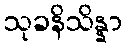
သုခနိသိန္နာ